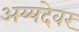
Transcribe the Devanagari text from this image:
अय्यदेवर